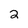
Character: 2